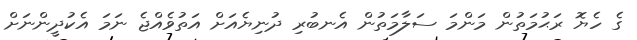
ގެ ހެޔޮ ރަޙުމަތުން މަންމަ ސަލާމަތުން އެނބުރި ދުނިޔެއަށް އަތުވެއްޖެ ނަމަ އެކުދީންނަށް